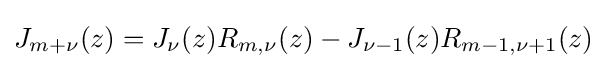
\displaystyle J_{m+\nu }(z)=J_{\nu }(z)R_{m,\nu }(z)-J_{\nu -1}(z)R_{m-1,\nu +1}(z)